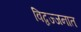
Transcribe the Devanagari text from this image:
विद्वज्जनात